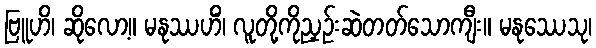
ဗြူဟိ၊ ဆိုလော့။ မနုဿဟိံ၊ လူတို့ကိုညှဉ်းဆဲတတ်သောကျီး။ မနုဿေသု၊